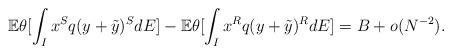
LaTeX: \begin{align*}\mathbb{E} \theta[\int_I x^S q(y+\tilde{y})^S dE]-\mathbb{E} \theta [\int_I x^R q(y+\tilde{y})^R dE]=B+o(N^{-2}).\end{align*}